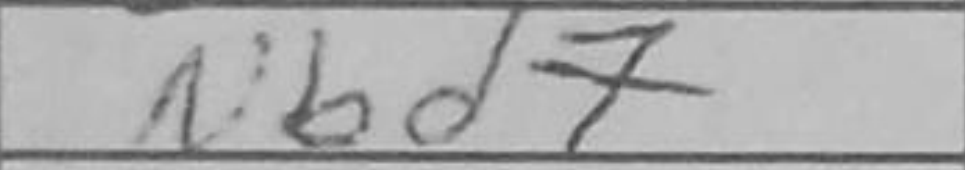
Transcription: Nbd7